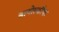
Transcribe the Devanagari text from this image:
बायोस्फ़ीयर